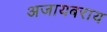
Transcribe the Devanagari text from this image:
अजायबराय